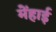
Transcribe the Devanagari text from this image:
मेंहाई